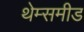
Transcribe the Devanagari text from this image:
थेम्समीड